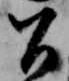
召